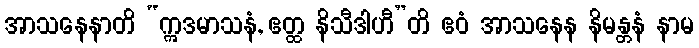
အာသနေနာတိ “ဣဒမာသနံ, ဧတ္ထ နိသီဒါဟီ”တိ ဧဝံ အာသနေန နိမန္တနံ နာမ